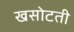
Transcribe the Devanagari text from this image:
खसोटती